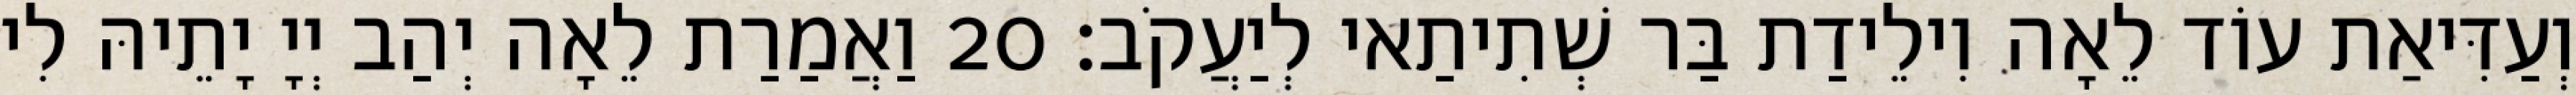
וְעַדִּיאַת עוֹד לֵאָה וִילֵידַת בַּר שְׁתִיתַאי לְיַעֲקֹב׃ 20 וַאֲמַרַת לֵאָה יְהַב יְיָ יָתֵיהּ לִי